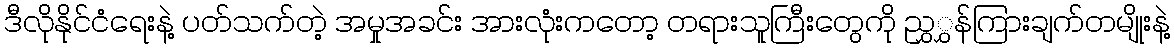
ဒီလိုနိုင်ငံရေးနဲ့ ပတ်သက်တဲ့ အမှုအခင်း အားလုံးကတော့ တရားသူကြီးတွေကို ညွှွှန်ကြားချက်တမျိုးနဲ့